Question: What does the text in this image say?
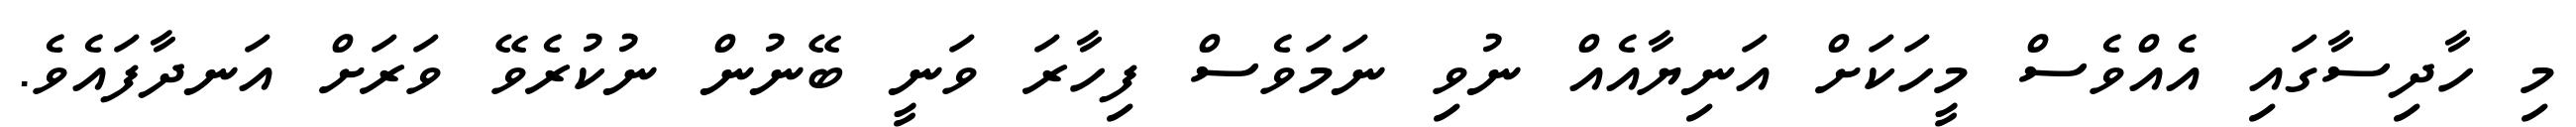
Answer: މި ހާދިސާގައި އެއްވެސް މީހަކަށް އަނިޔާއެއް ނުވި ނަމަވެސް ފިހާރަ ވަނީ ބޭނުން ނުކުރެވޭ ވަރަށް އަނދާފައެވެ.